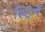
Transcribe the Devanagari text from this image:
स्ट्रिंगें